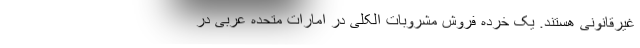
غیرقانونی هستند. یک خرده فروش مشروبات الکلی در امارات متحده عربی در